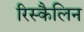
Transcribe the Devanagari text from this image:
रिस्कैलिन